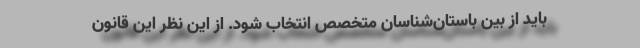
باید از بین باستان‌شناسان متخصص انتخاب ‌شود. از این نظر این قانون